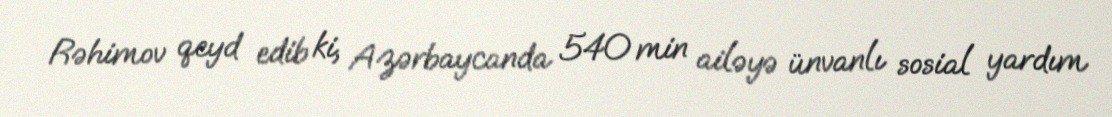
Rəhimov qeyd edib ki, Azərbaycanda 540 min ailəyə ünvanlı sosial yardım